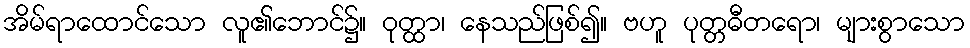
အိမ်ရာထောင်သော လူ၏ဘောင်၌။ ဝုတ္ထာ၊ နေသည်ဖြစ်၍။ ဗဟူ ပုတ္တဓီတရော၊ များစွာသော